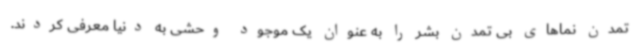
تمدن نماهای بی تمدن بشر را به عنوان یک موجود وحشی به دنیا معرفی کردند.